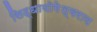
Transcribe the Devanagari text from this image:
सिद्धायोगेश्वराय